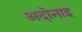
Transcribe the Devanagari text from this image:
अदोनाइ